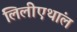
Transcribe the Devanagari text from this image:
लिलीएथांल